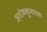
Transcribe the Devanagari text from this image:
अशोककुमारचा